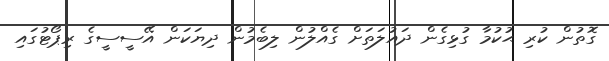
ގޮތުން ކުރި ޙުކުމާ ގުޅިގެން ދައުލަތަށް ގެއްލުން ލިބެމުން ދިޔަކަން އޭސީސީގެ ރިޕޯޓުގައި